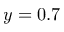
y = 0 . 7